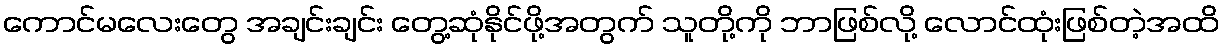
ကောင်မလေးတွေ အချင်းချင်း တွေ့ဆုံနိုင်ဖို့အတွက် သူတို့ကို ဘာဖြစ်လို့ လောင်ထုံးဖြစ်တဲ့အထိ